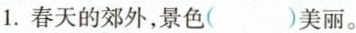
1.春天的郊外，景色（ ）美丽。